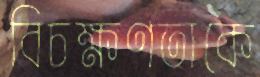
বিচক্ষণতাকে